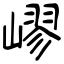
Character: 嵺